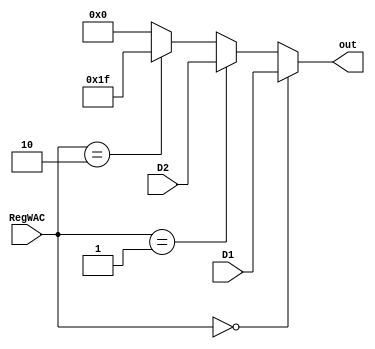
`timescale 1ns / 1ps
`default_nettype none

module Mux_RegWAC(
    input wire [1:0] RegWAC,
    input wire [4:0] D1,
    input wire [4:0] D2,
    output wire [4:0] out
    );
    assign out = (RegWAC == 2'b00) ? D1 : // Instr[15:11]
                 (RegWAC == 2'b01) ? D2 : // Instr[20:16]
                 (RegWAC == 2'b10) ? 5'h1F : 5'b0; // 11111
endmodule

module Mux_RegWDC(
    input wire [1:0] RegWDC,
    input wire [31:0] D1,
    input wire [31:0] D2,
    input wire [31:0] D3,
    output wire [31:0] out
    );
    assign out = (RegWDC == 2'b00) ? D1 : // ALU:out
                 (RegWDC == 2'b01) ? D2 : // DM:RD
                 (RegWDC == 2'b10) ? D3 : 5'b0; // PC_Calc:PC4
endmodule

module Mux_ALUSrc(
    input wire ALUSrc,
    input wire [31:0] D1,
    input wire [31:0] D2,
    output wire [31:0] out
);
    assign out = (ALUSrc == 1'b0) ? D1 : // GRF:RD2
                 D2; // Ext:imm32
endmodule //Mux

// module Mux_ (
    
// );

// endmodule //Mux